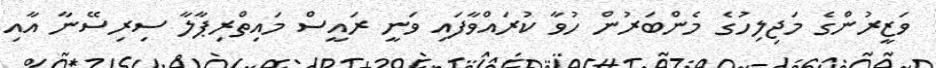
ވަޒީރުންގެ މަޖިލިހުގެ މެންބަރުން ހުވާ ކުރައްވާފައި ވަނީ ރައީސް މައިތްރިޕާލާ ސިރިސޭނާ އާއި